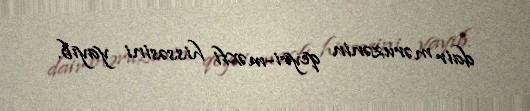
dair məruzənin qeyri-məxfi hissəsini yayıb.